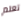
تعلم